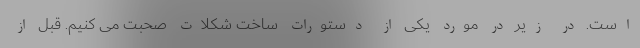
است. در زیر در مورد یکی از دستورات ساخت شکلات صحبت می کنیم. قبل از